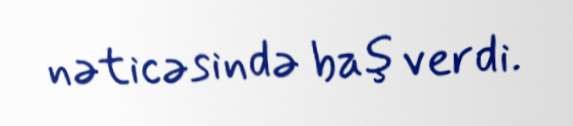
nəticəsində baş verdi.